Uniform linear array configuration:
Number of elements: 48
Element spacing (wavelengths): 0.5
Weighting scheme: exponential
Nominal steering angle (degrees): -60
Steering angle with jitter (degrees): -59.168
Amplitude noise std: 0.05
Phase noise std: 0.05

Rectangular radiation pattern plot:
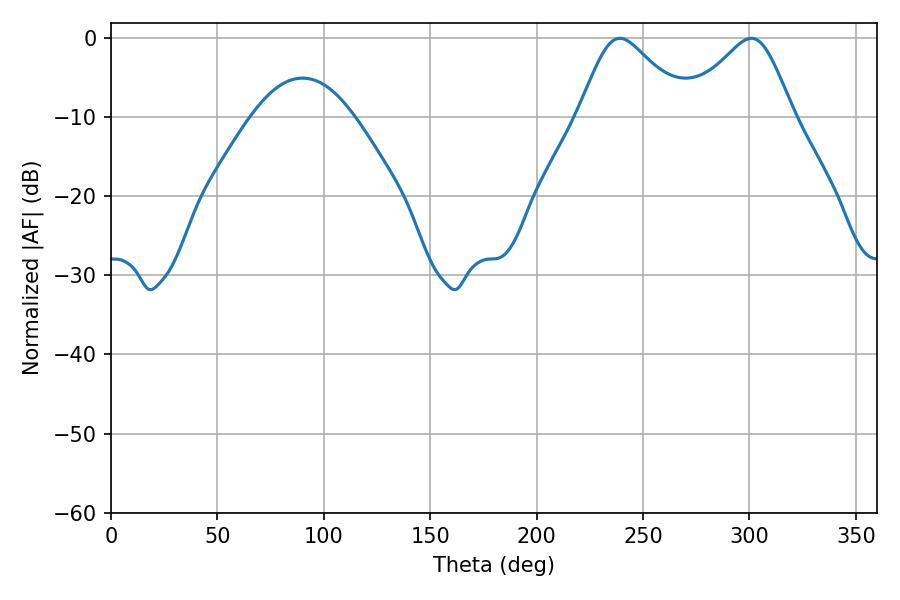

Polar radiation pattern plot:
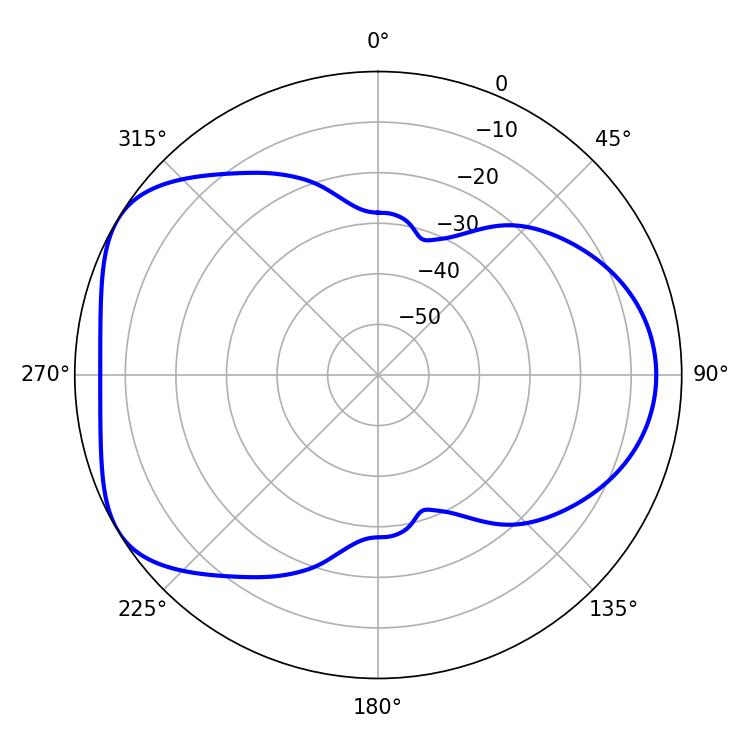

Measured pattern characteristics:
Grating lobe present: FALSE
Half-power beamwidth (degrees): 24.84
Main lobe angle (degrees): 300.96